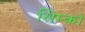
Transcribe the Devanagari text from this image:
सिम्को